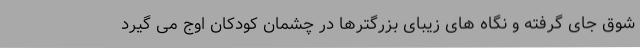
شوق جای گرفته و نگاه های زیبای بزرگترها در چشمان کودکان اوج می گیرد